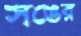
সঙের